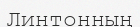
Линтонның